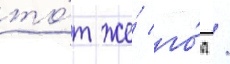
то́т же́ го́д /